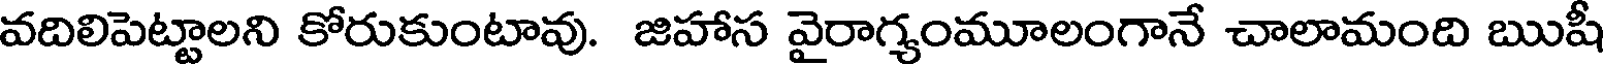
వదిలిపెట్టాలని కోరుకుంటావు. జిహాస వైరాగ్యంమూలంగానే చాలామంది ఋషీ